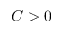
C > 0